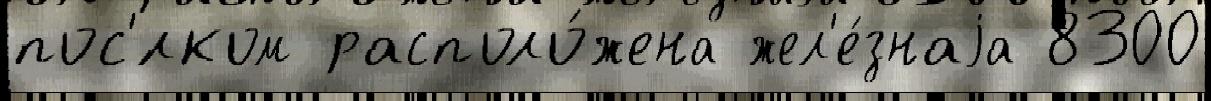
пос'́лком располо́жена жел'е́знаjа 8300